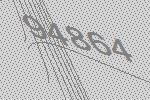
94864